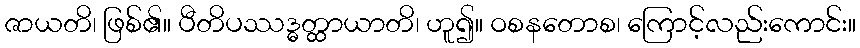
ဇာယတိ၊ ဖြစ်၏။ ပီတိပဿဒ္ဓတ္ထာယာတိ၊ ဟူ၍။ ဝစနတောစ၊ ကြောင့်လည်းကောင်း။